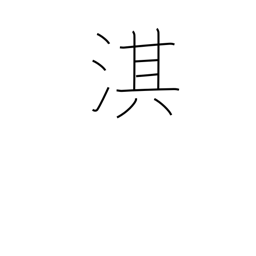
Meaning: name of a Chinese river